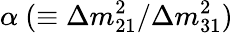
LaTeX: \alpha~(\equiv\Delta m_{21}^{2}/\Delta m_{31}^{2})